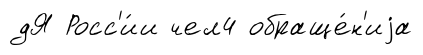
дЯ Росс'и́и чел4 обраще́н'иjа